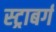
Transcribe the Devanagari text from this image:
स्ट्राबर्ग